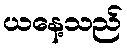
ယနေ့သည်